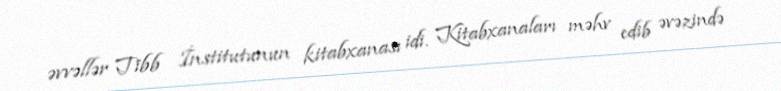
əvvəllər Tibb İnstitutunun kitabxanası idi. Kitabxanaları məhv edib əvəzində